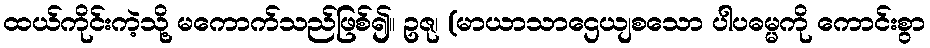
ထယ်ကိုင်းကဲ့သို့ မကောက်သည်ဖြစ်၍။ ဥဇု၊ (မာယာသာဌေယျစသော ပါပဓမ္မကို ကောင်းစွာ